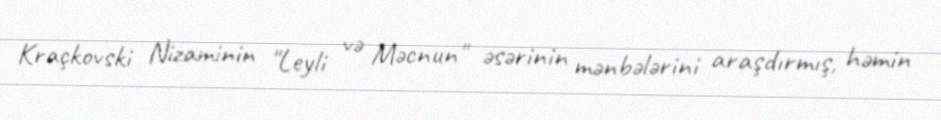
Kraçkovski Nizaminin "Leyli və Məcnun" əsərinin mənbələrini araşdırmış, həmin